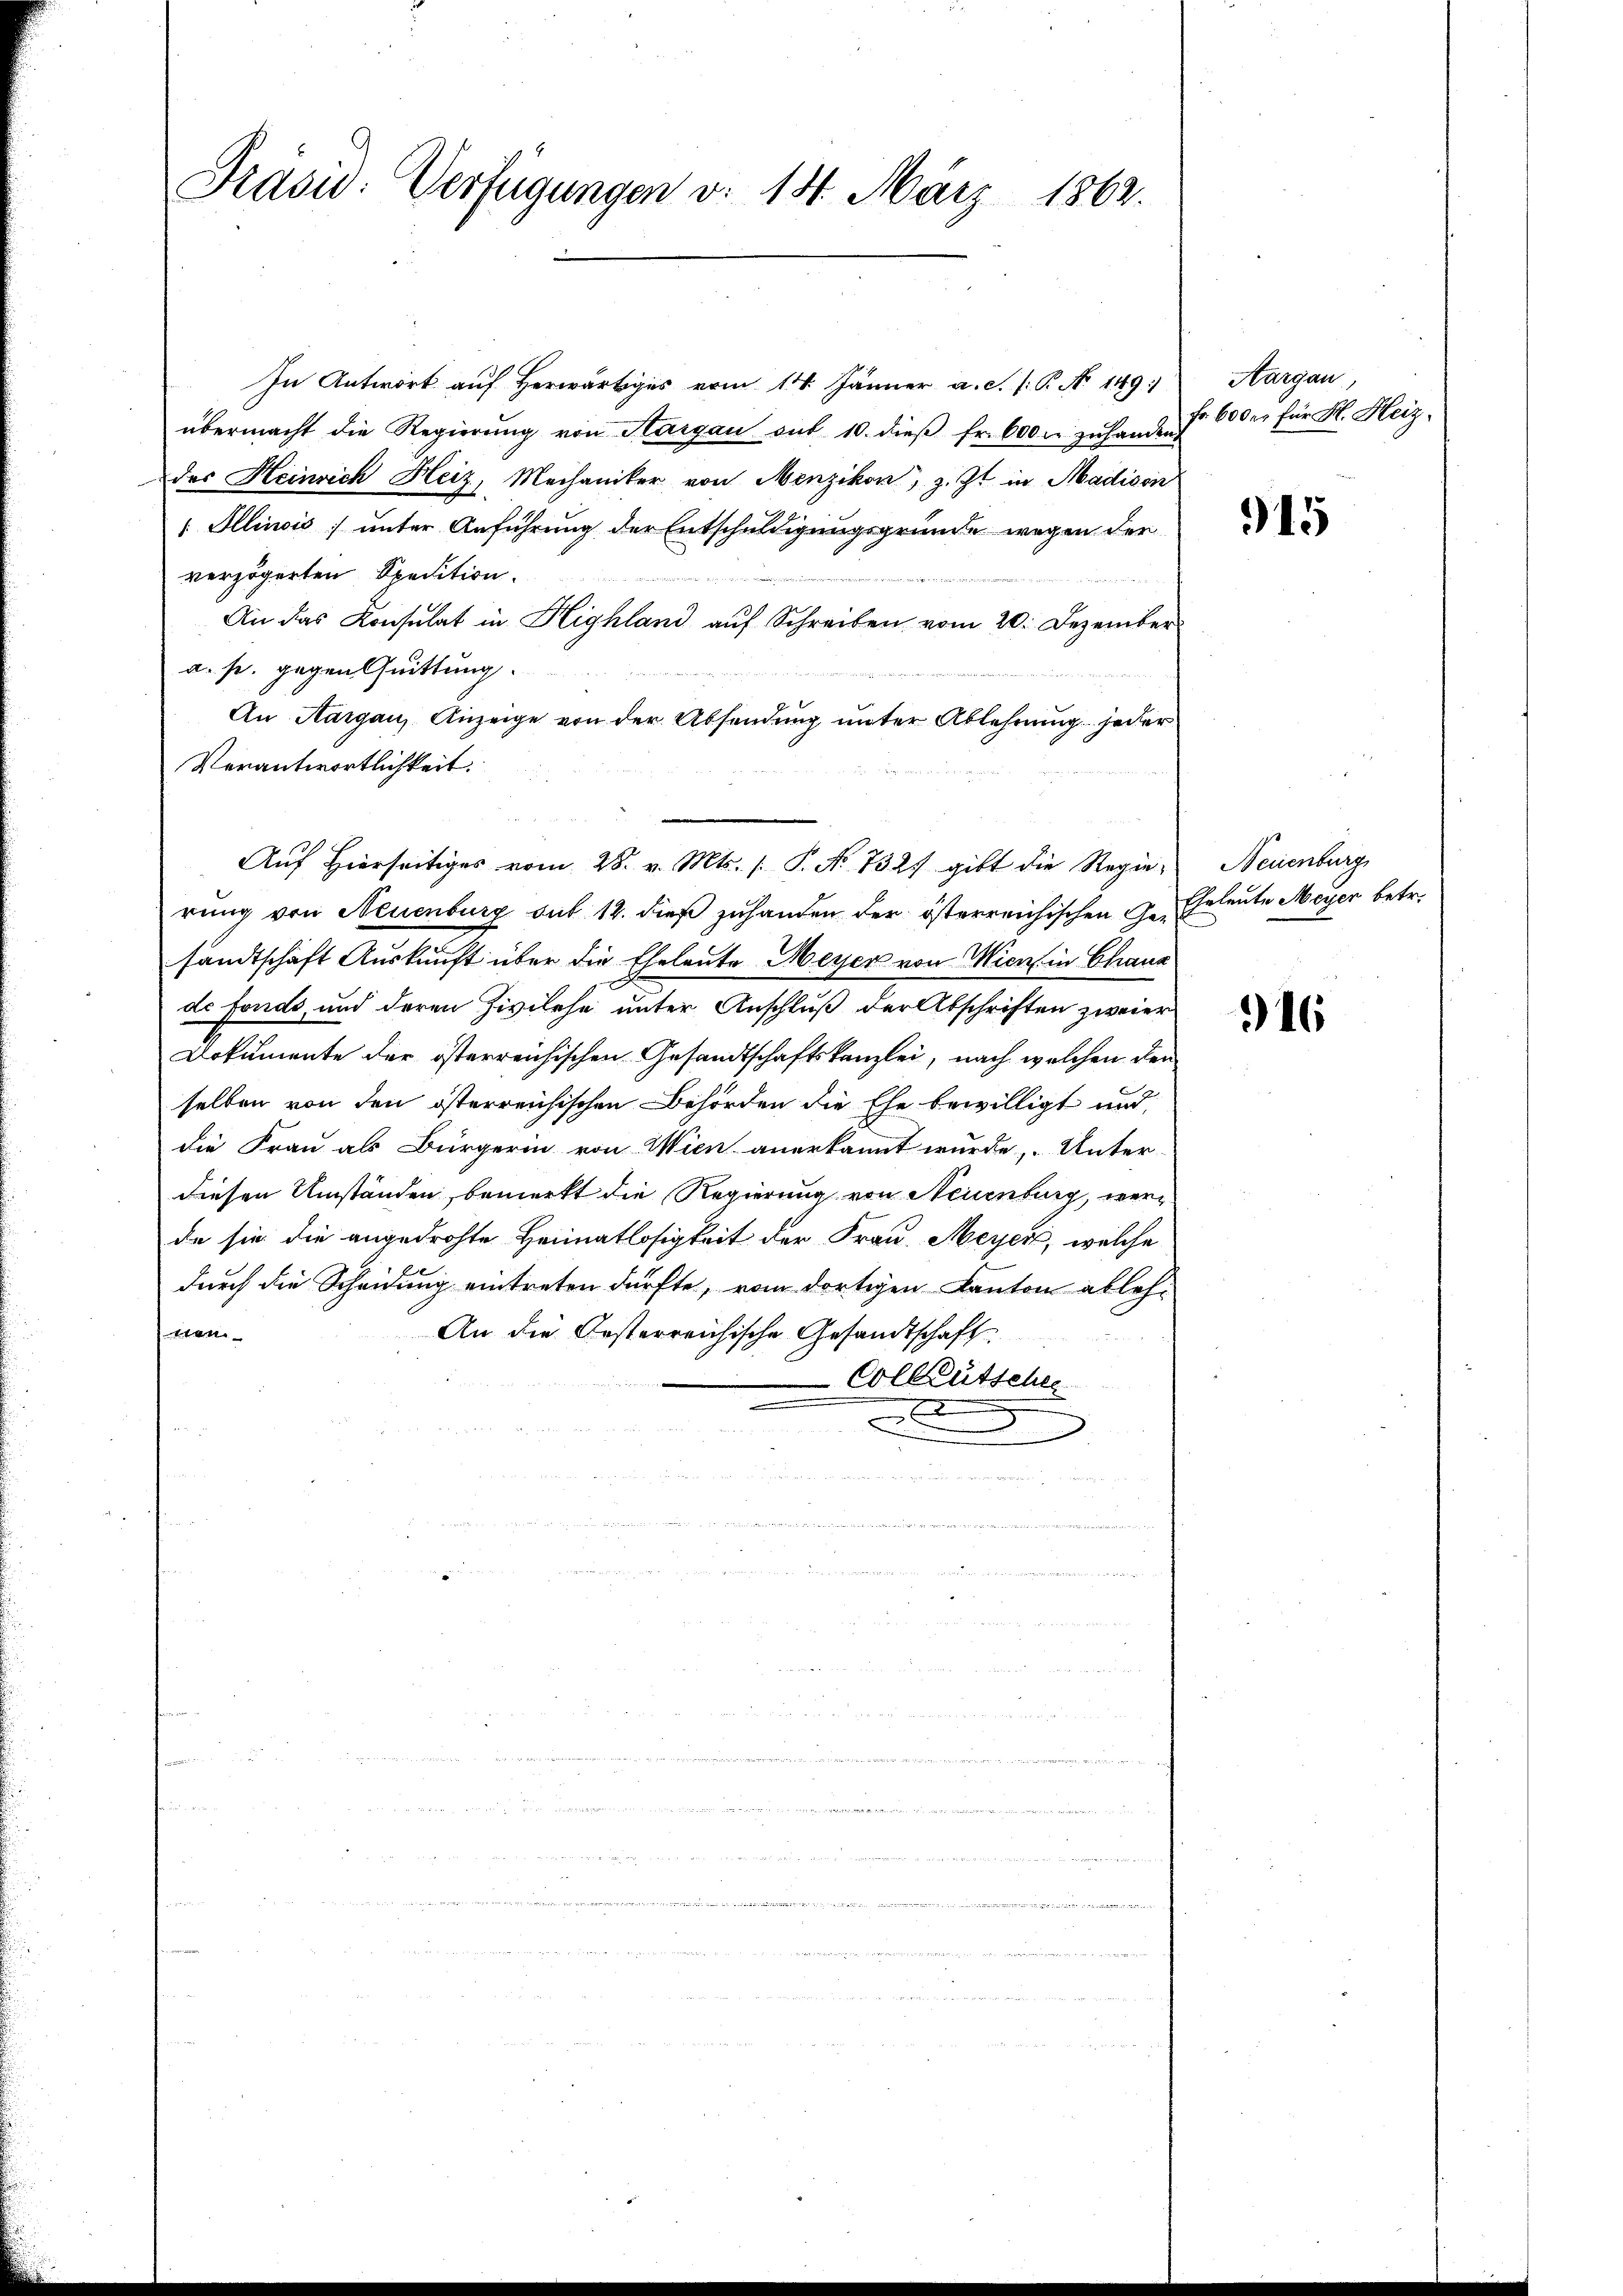
Präsid: Verfügungen d. 18. März 1862.

In Antwort auf Herwärtiges vom 14. Jänner a. c. f. P. N 149
übermacht die Regierŭng von Margau auf 10. dieβ fr. 600. zŭ handen.
des Heinrich Heiz, Mechaniker von Menzikon, z. Zt. in Madison
 Illinois unter Anführung der Entschuldigungsgründe wegen der
verzögerten Spedition.
An das Konsulat in Highland auf Schreiben vom 20. Dezember
a. p. gegen Quittung.
An Aargau, Anzeige von der Absendung unter Ablehnung jeder
Verantwortlichkeit.
rung von Neuenburg auf 12. dieß zuhanden der österreichischen Ge- Eheleute Meyer betr.
sandtschaft Auskunft über die Eheleute Meyer von Wien in Chaus
ds Fonds, und deren Zivilehe unter Anschluß der Abschriften zweier
Dokumente der österreichischen Gesandtschaftskanzlei, nach welchen den
selben von den österreichischen Behörden die Ehe bewilligt und
die Frau als Bürgerin von Wien anerkannt wurde, Unter-
diesen Umständen bemerkt die Regierung von Neuenburg, werde sie die angedrohte Heimatlosigkeit der Frau. Meyer, welche
durch die Scheidung eintreten dürfte, vom dortigen Kanton ableh¬
An die Gesterreichische Gesandtschaft
eien
Colleütsches

 Man gelte sie an den der
n
.
r

w

n

Aŭf Hierseitiges vom 28. v. Mts. 1. P. Nr. 732. gibt die Regie¬

Aargau
Fr. 600 er für H. Heiz¬

915

Neuenburg

16